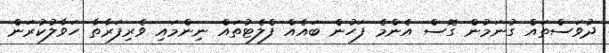
ދުވަސްތައް ގުނަމުން ގޮސް އެންމެ ފަހުން ބައެއް ފްލެޓުތައް ނިންމައި ވެރިފަރާތާ ހަވާލުކުރަން